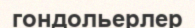
гондольерлер